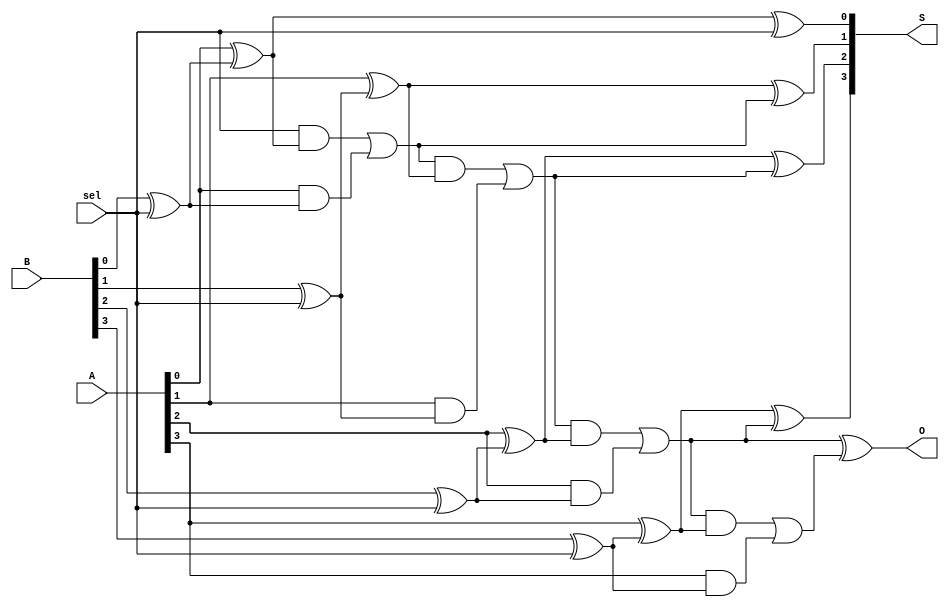
module AS(sel, A, B, S, O);

input [3:0] A, B;
input sel;

output [3:0] S;
output O;

wire B_xor_sel[3:0], A_xor_B[3:0], C[3:0];

xor (B_xor_sel[0], B[0], sel);
xor (B_xor_sel[1], B[1], sel);
xor (B_xor_sel[2], B[2], sel);
xor (B_xor_sel[3], B[3], sel);

xor (A_xor_B[0], A[0], B_xor_sel[0]);
xor (A_xor_B[1], A[1], B_xor_sel[1]);
xor (A_xor_B[2], A[2], B_xor_sel[2]);
xor (A_xor_B[3], A[3], B_xor_sel[3]);

assign S[0] = (A_xor_B[0] ^ sel);
assign C[0] = (sel & A_xor_B[0]) | (A[0] & B_xor_sel[0]);
assign S[1] = (A_xor_B[1] ^ C[0]);
assign C[1] = (C[0] & A_xor_B[1]) | (A[1] & B_xor_sel[1]);
assign S[2] = (A_xor_B[2] ^ C[1]);
assign C[2] = (C[1] & A_xor_B[2]) | (A[2] & B_xor_sel[2]);
assign S[3] = (A_xor_B[3] ^ C[2]);
assign C[3] = (C[2] & A_xor_B[3]) | (A[3] & B_xor_sel[3]);

assign O = C[2] ^ C[3];

endmodule